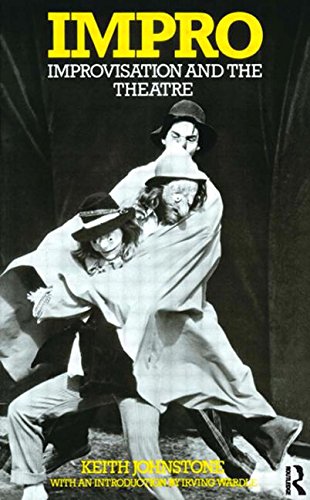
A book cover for Impro: Improvisation and the Theatre; Keith Johnstone; Humor & Entertainment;